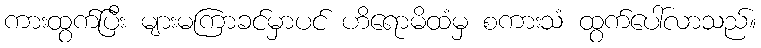
ကားထွက်ပြီး များမကြာခင်မှာပင် ဟိရောမိထံမှ စကားသံ ထွက်ပေါ်လာသည်။